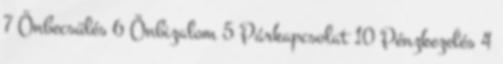
7 Önbecsülés 6 Önbizalom 5 Párkapcsolat 10 Pénzkezelés 4